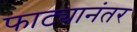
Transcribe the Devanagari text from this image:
फाट्यानंतर